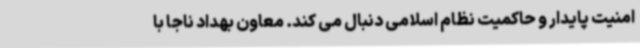
امنیت پایدار و حاکمیت نظام اسلامی دنبال می کند. معاون بهداد ناجا با